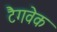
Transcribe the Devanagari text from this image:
टैगवेक